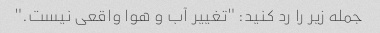
جمله زیر را رد کنید: "تغییر آب و هوا واقعی نیست."